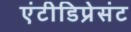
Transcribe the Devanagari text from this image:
एंटीडिप्रेसंट